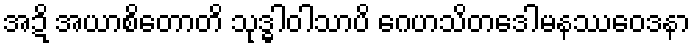
အဍိ အယာစိတောတိ သုဒ္ဓါဝါသာပိ ဂေဟသိတဒေါမနဿဝေဒနာ